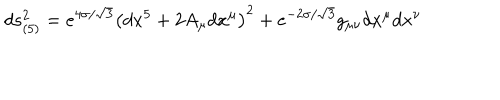
d s _ { ( 5 ) } ^ { 2 } = e ^ { 4 \sigma / \sqrt { 3 } } \left( d x ^ { 5 } + 2 A _ { \mu } d x ^ { \mu } \right) ^ { 2 } + e ^ { - 2 \sigma / \sqrt { 3 } } g _ { \mu \nu } d x ^ { \mu } d x ^ { \nu }